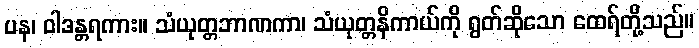
ပန၊ ဝါဒန္တရကား။ သံယုတ္တဘာဏကာ၊ သံယုတ္တနိကာယ်ကို ရွတ်ဆိုသော ထေရ်တို့သည်။